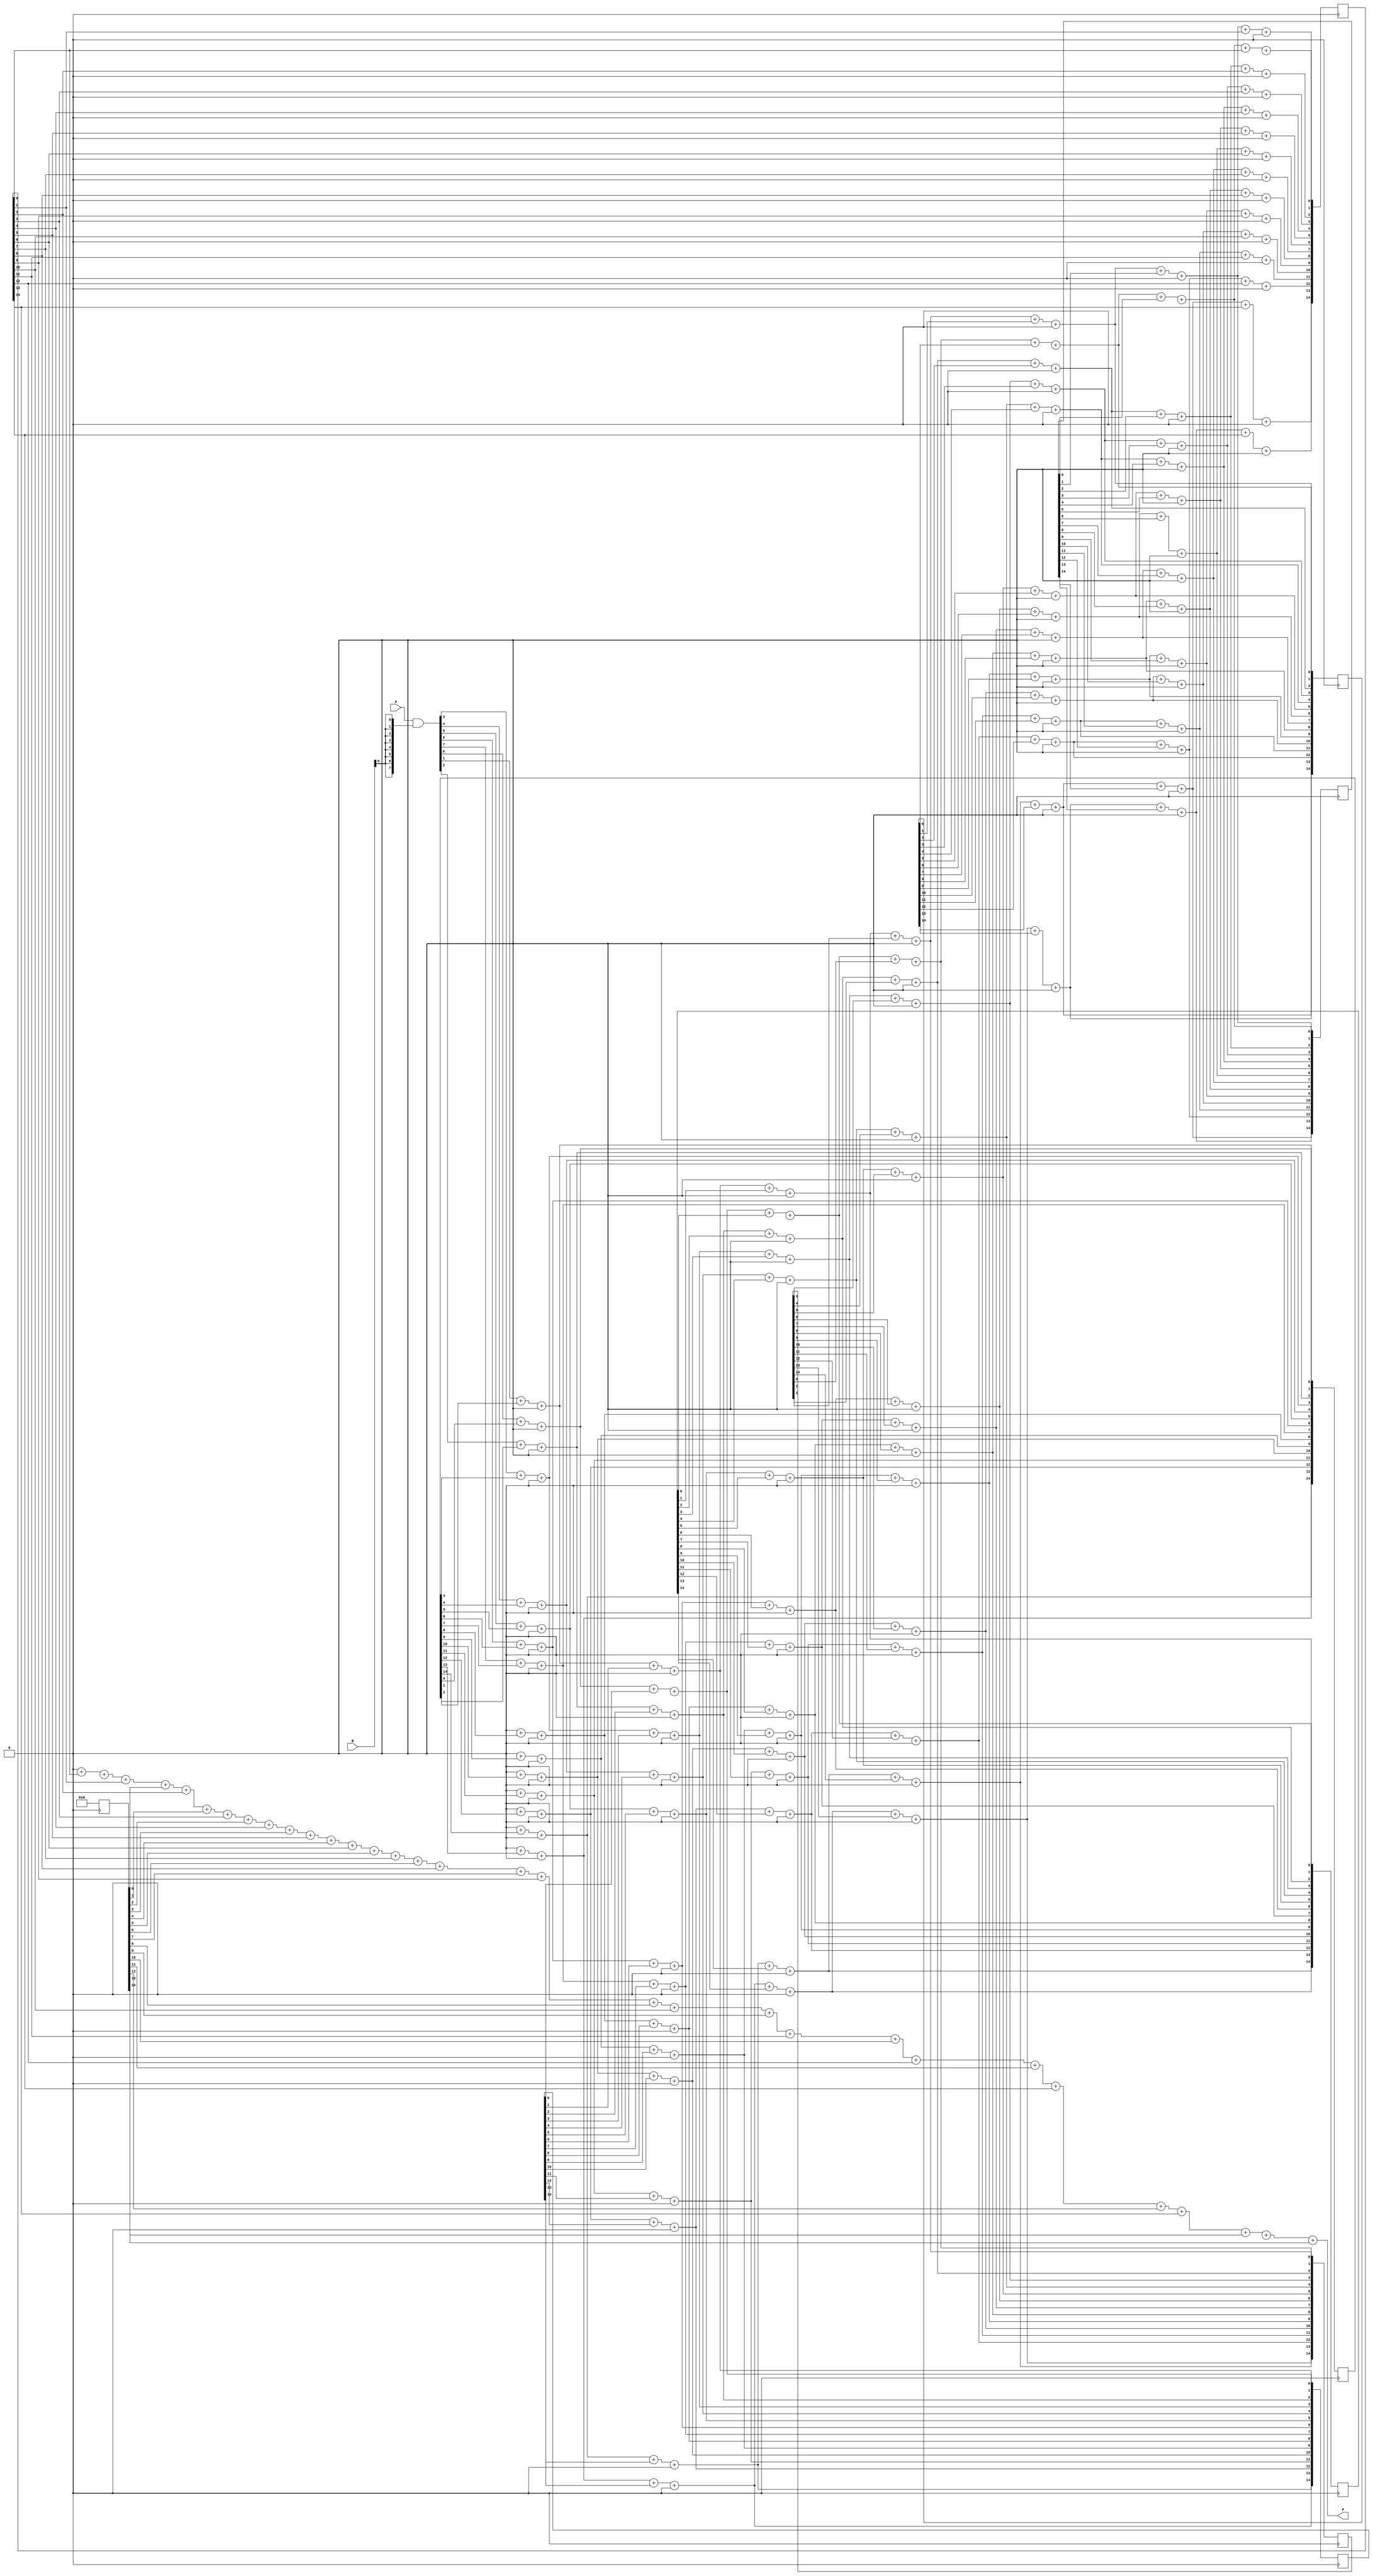
module variable_length_wallace_tree_multiplier #(parameter N = 8, M = 8) (
    input [N-1:0] A,  // Multiplicand
    input [M-1:0] B,  // Multiplier
    output reg [N+M-1:0] P // Product
);

    // Partial product generation
    wire [N-1:0] pp[M-1:0]; // Partial products

    genvar i;
    generate
        for (i = 0; i < M; i = i + 1) begin : pp_gen
            assign pp[i] = A & {N{B[i]}};
        end
    endgenerate

    // Wallace tree reduction
    wire [N+M-1:0] sum [0:N+M-1]; // Array for sums
    wire [N+M-1:0] carry [0:N+M-1]; // Array for carries

    // Initialize partial products
    assign sum[0] = pp[0];
    assign carry[0] = 0;

    // Reduction stages
    integer stage, j;
    reg [N+M-1:0] temp_sum, temp_carry;
    
    always @(posedge clk) begin
        for (stage = 1; stage < M; stage = stage + 1) begin
            for (j = 0; j < N + M; j = j + 1) begin
                if (j < N + M - 1) begin
                    {temp_carry, temp_sum} = sum[stage-1][j] + sum[stage][j] + carry[stage-1][j];
                    sum[stage][j] = temp_sum;
                    carry[stage][j+1] = temp_carry;
                end
            end
        end
    end

    // Final summation
    always @(*) begin
        P = 0;
        for (j = 0; j < N + M; j = j + 1) begin
            P = P + sum[M-1][j] + carry[M-1][j];
        end
    end

endmodule